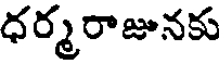
ధర్మరాజునకు